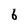
Character: 6